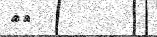
٧٦